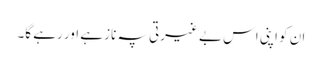
ان کو اپنی اس بے غیرتی پہ ناز ہے اور رہے گا۔